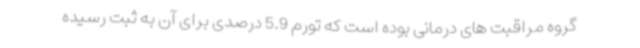
گروه مراقبت های درمانی بوده است که تورم 5.9 درصدی برای آن به ثبت رسیده